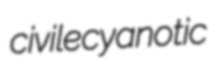
civile cyanotic